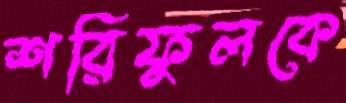
শরিফুলকে